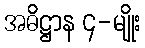
အဓိဋ္ဌာန ၄-မျိုး